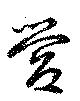
營